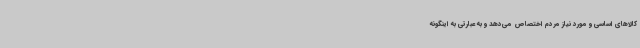
کالاهای اساسی و مورد نیاز مردم اختصاص می‌دهد و به عبارتی به اینگونه